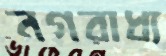
নগরাধ্য